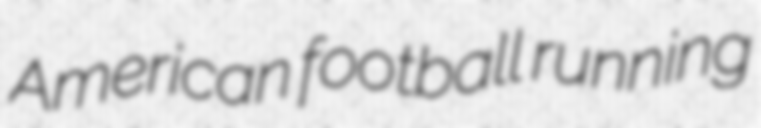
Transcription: American football running